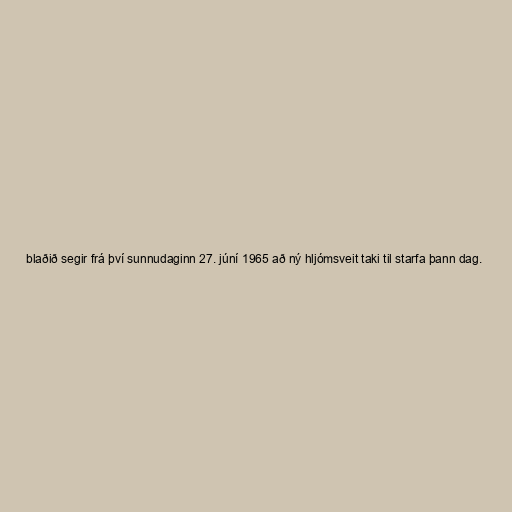
blaðið segir frá því sunnudaginn 27. júní 1965 að ný hljómsveit taki til starfa þann dag.